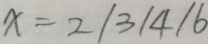
x = 2 / 3 / 4 / 6